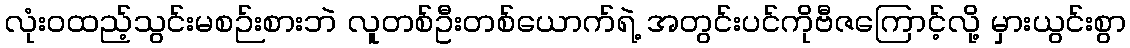
လုံးဝထည့်သွင်းမစဉ်းစားဘဲ လူတစ်ဦးတစ်ယောက်ရဲ့ အတွင်းပင်ကိုဗီဇကြောင့်လို့ မှားယွင်းစွာ